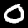
Digit: 0